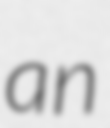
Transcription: an